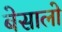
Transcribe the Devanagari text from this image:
बेसालो